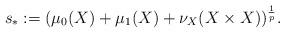
LaTeX: \begin{align*} s_* := (\mu_0(X)+\mu_1(X) + \nu_X(X \times X))^{\frac 1 p}. \end{align*}